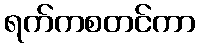
ရက်ကစတင်ကာ